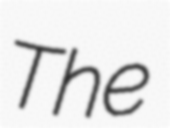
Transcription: The